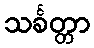
သင်္ခတ္တာ